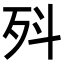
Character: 𭮃